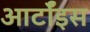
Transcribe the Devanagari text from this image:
आर्टॉइस